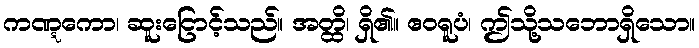
ကဏ္ဋကော၊ ဆူးငြောင့်သည်။ အတ္ထိ၊ ရှိ၏။ ဧဝရူပံ၊ ဤသို့သဘောရှိသော။